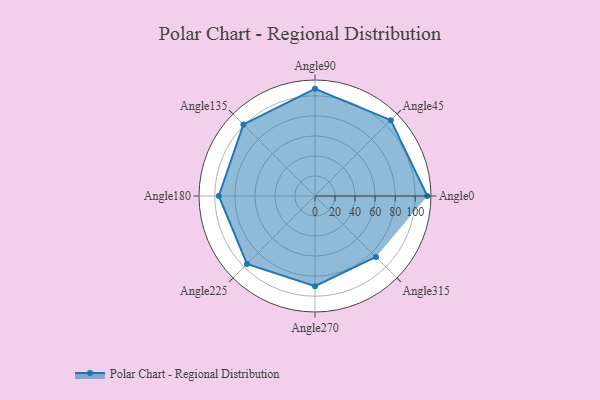
{"axis": {"x": "Angle", "y": "Radius"}, "legend": [""], "data": [{"x": "Angle0", "y": 112.0, "type": ""}, {"x": "Angle45", "y": 107.0, "type": ""}, {"x": "Angle90", "y": 107.0, "type": ""}, {"x": "Angle135", "y": 101.0, "type": ""}, {"x": "Angle180", "y": 96.0, "type": ""}, {"x": "Angle225", "y": 96.0, "type": ""}, {"x": "Angle270", "y": 90.0, "type": ""}, {"x": "Angle315", "y": 86.0, "type": ""}]}